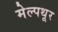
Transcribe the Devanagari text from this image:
मेल्पथूर